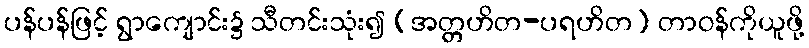
ပန်ပန်ဖြင့် ရွာကျောင်း၌ သီတင်းသုံး၍ (အတ္တဟိတ-ပရဟိတ) တာဝန်ကိုယူဖို့